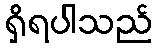
ရှိရပါသည်